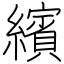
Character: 繽